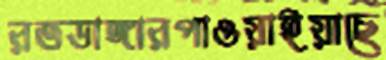
রতডাঙ্গারপাওয়াইয়াছে